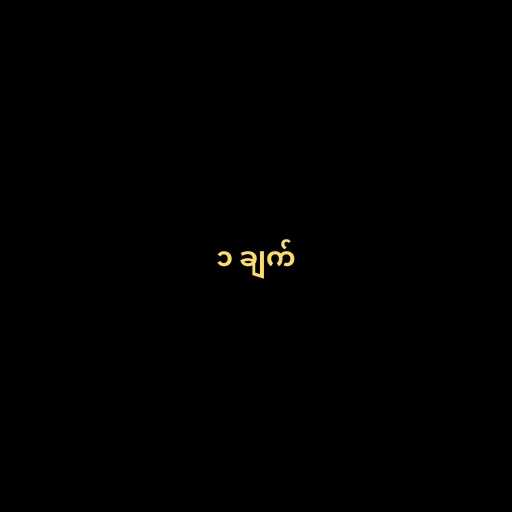
၁ ချက်